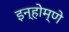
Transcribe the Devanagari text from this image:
इन्होम्णे